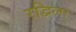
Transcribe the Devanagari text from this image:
रद्विला